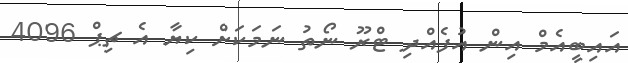
އައިބީއެމް އިން އުފެއްދި ޓްރޫ ނޯތު ނަމަކަށް ކިޔާ އެ ޗިޕް 4096